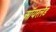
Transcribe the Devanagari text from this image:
ऑयरलैंड